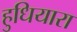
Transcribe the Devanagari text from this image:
हुधियारा